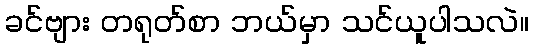
ခင်ဗျား တရုတ်စာ ဘယ်မှာ သင်ယူပါသလဲ။